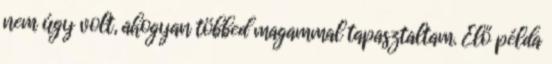
nem úgy volt, ahogyan többed magammal tapasztaltam. Élő példa